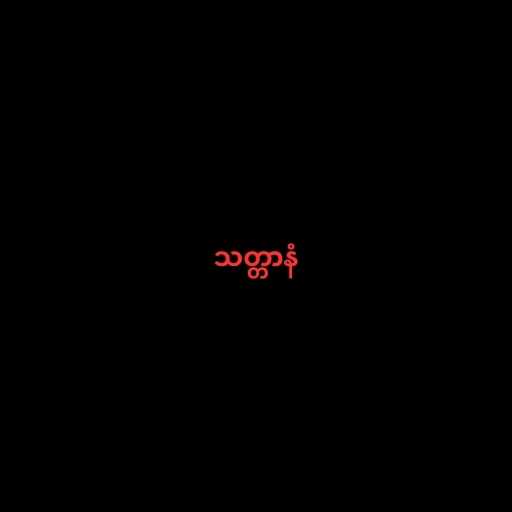
သတ္တာနံ